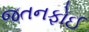
જતનફોઈ